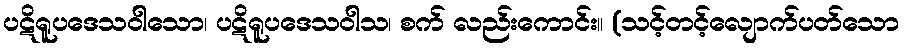
ပဋိရူပဒေသဝါသော၊ ပဋိရူပဒေသဝါသ၊ စက် လည်းကောင်း။ (သင့်တင့်လျောက်ပတ်သော